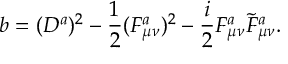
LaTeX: b = ( D ^ { a } ) ^ { 2 } - \frac { 1 } { 2 } ( F _ { \mu \nu } ^ { a } ) ^ { 2 } - \frac { i } { 2 } F _ { \mu \nu } ^ { a } \tilde { F } _ { \mu \nu } ^ { a } .